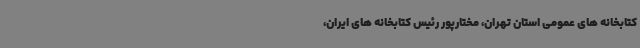
کتابخانه های عمومی استان تهران، مختارپور رئیس کتابخانه های ایران،